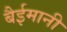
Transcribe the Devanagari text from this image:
बैईमानी